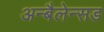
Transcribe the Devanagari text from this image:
अन्बैलेन्सड